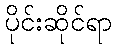
ပိုင်းဆိုင်ရာ